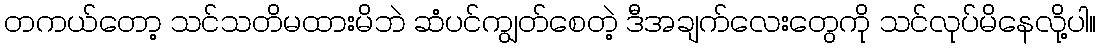
တကယ်တော့ သင်သတိမထားမိဘဲ ဆံပင်ကျွတ်စေတဲ့ ဒီအချက်လေးတွေကို သင်လုပ်မိနေလို့ပါ။